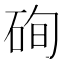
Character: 𥒘